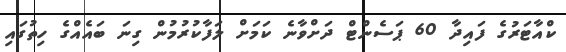
ކްއާޓަރުގެ ފައިދާ 60 ޕަސެންޓް ދަށްވާނެ ކަމަށް ލަފާކުރުމުން ގިނަ ބައެއްގެ ހިތުގައި